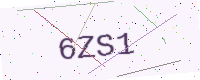
Text: 6ZS1